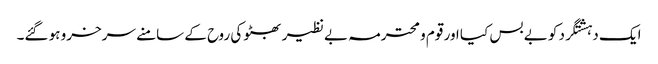
ایک دہشتگرد کو بے بس کیا اور قوم و محترمہ بے نظیر بھٹو کی روح کے سامنے سرخرو ہو گئے۔